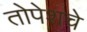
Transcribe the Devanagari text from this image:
तोपेशचे